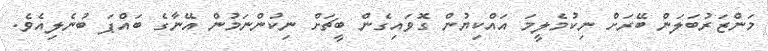
މަންޒަރުބަލަން ބޭރަށް ނިކުމެލީމަ އައްކިޔުން ގޮވައިގެން ބީޗަށް ނިކުންނަމުން އޭނާގެ ބައްޕަ ބުނެލިއެވެ.